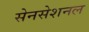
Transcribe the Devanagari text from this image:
सेनसेशनल